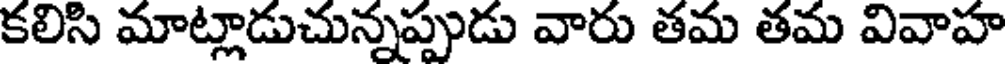
కలిసి మాట్లాడుచున్నప్పుడు వారు తమ తమ వివాహ